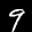
Label: 9